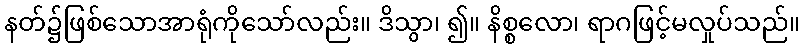
နတ်၌ဖြစ်သောအာရုံကိုသော်လည်း။ ဒိသွာ၊ ၍။ နိစ္စလော၊ ရာဂဖြင့်မလှုပ်သည်။